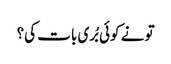
تو نے کوئی بُری بات کی؟